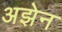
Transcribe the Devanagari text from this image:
अझेन